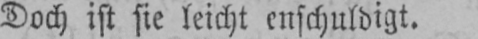
Doch ist sie leicht entschuldigt.